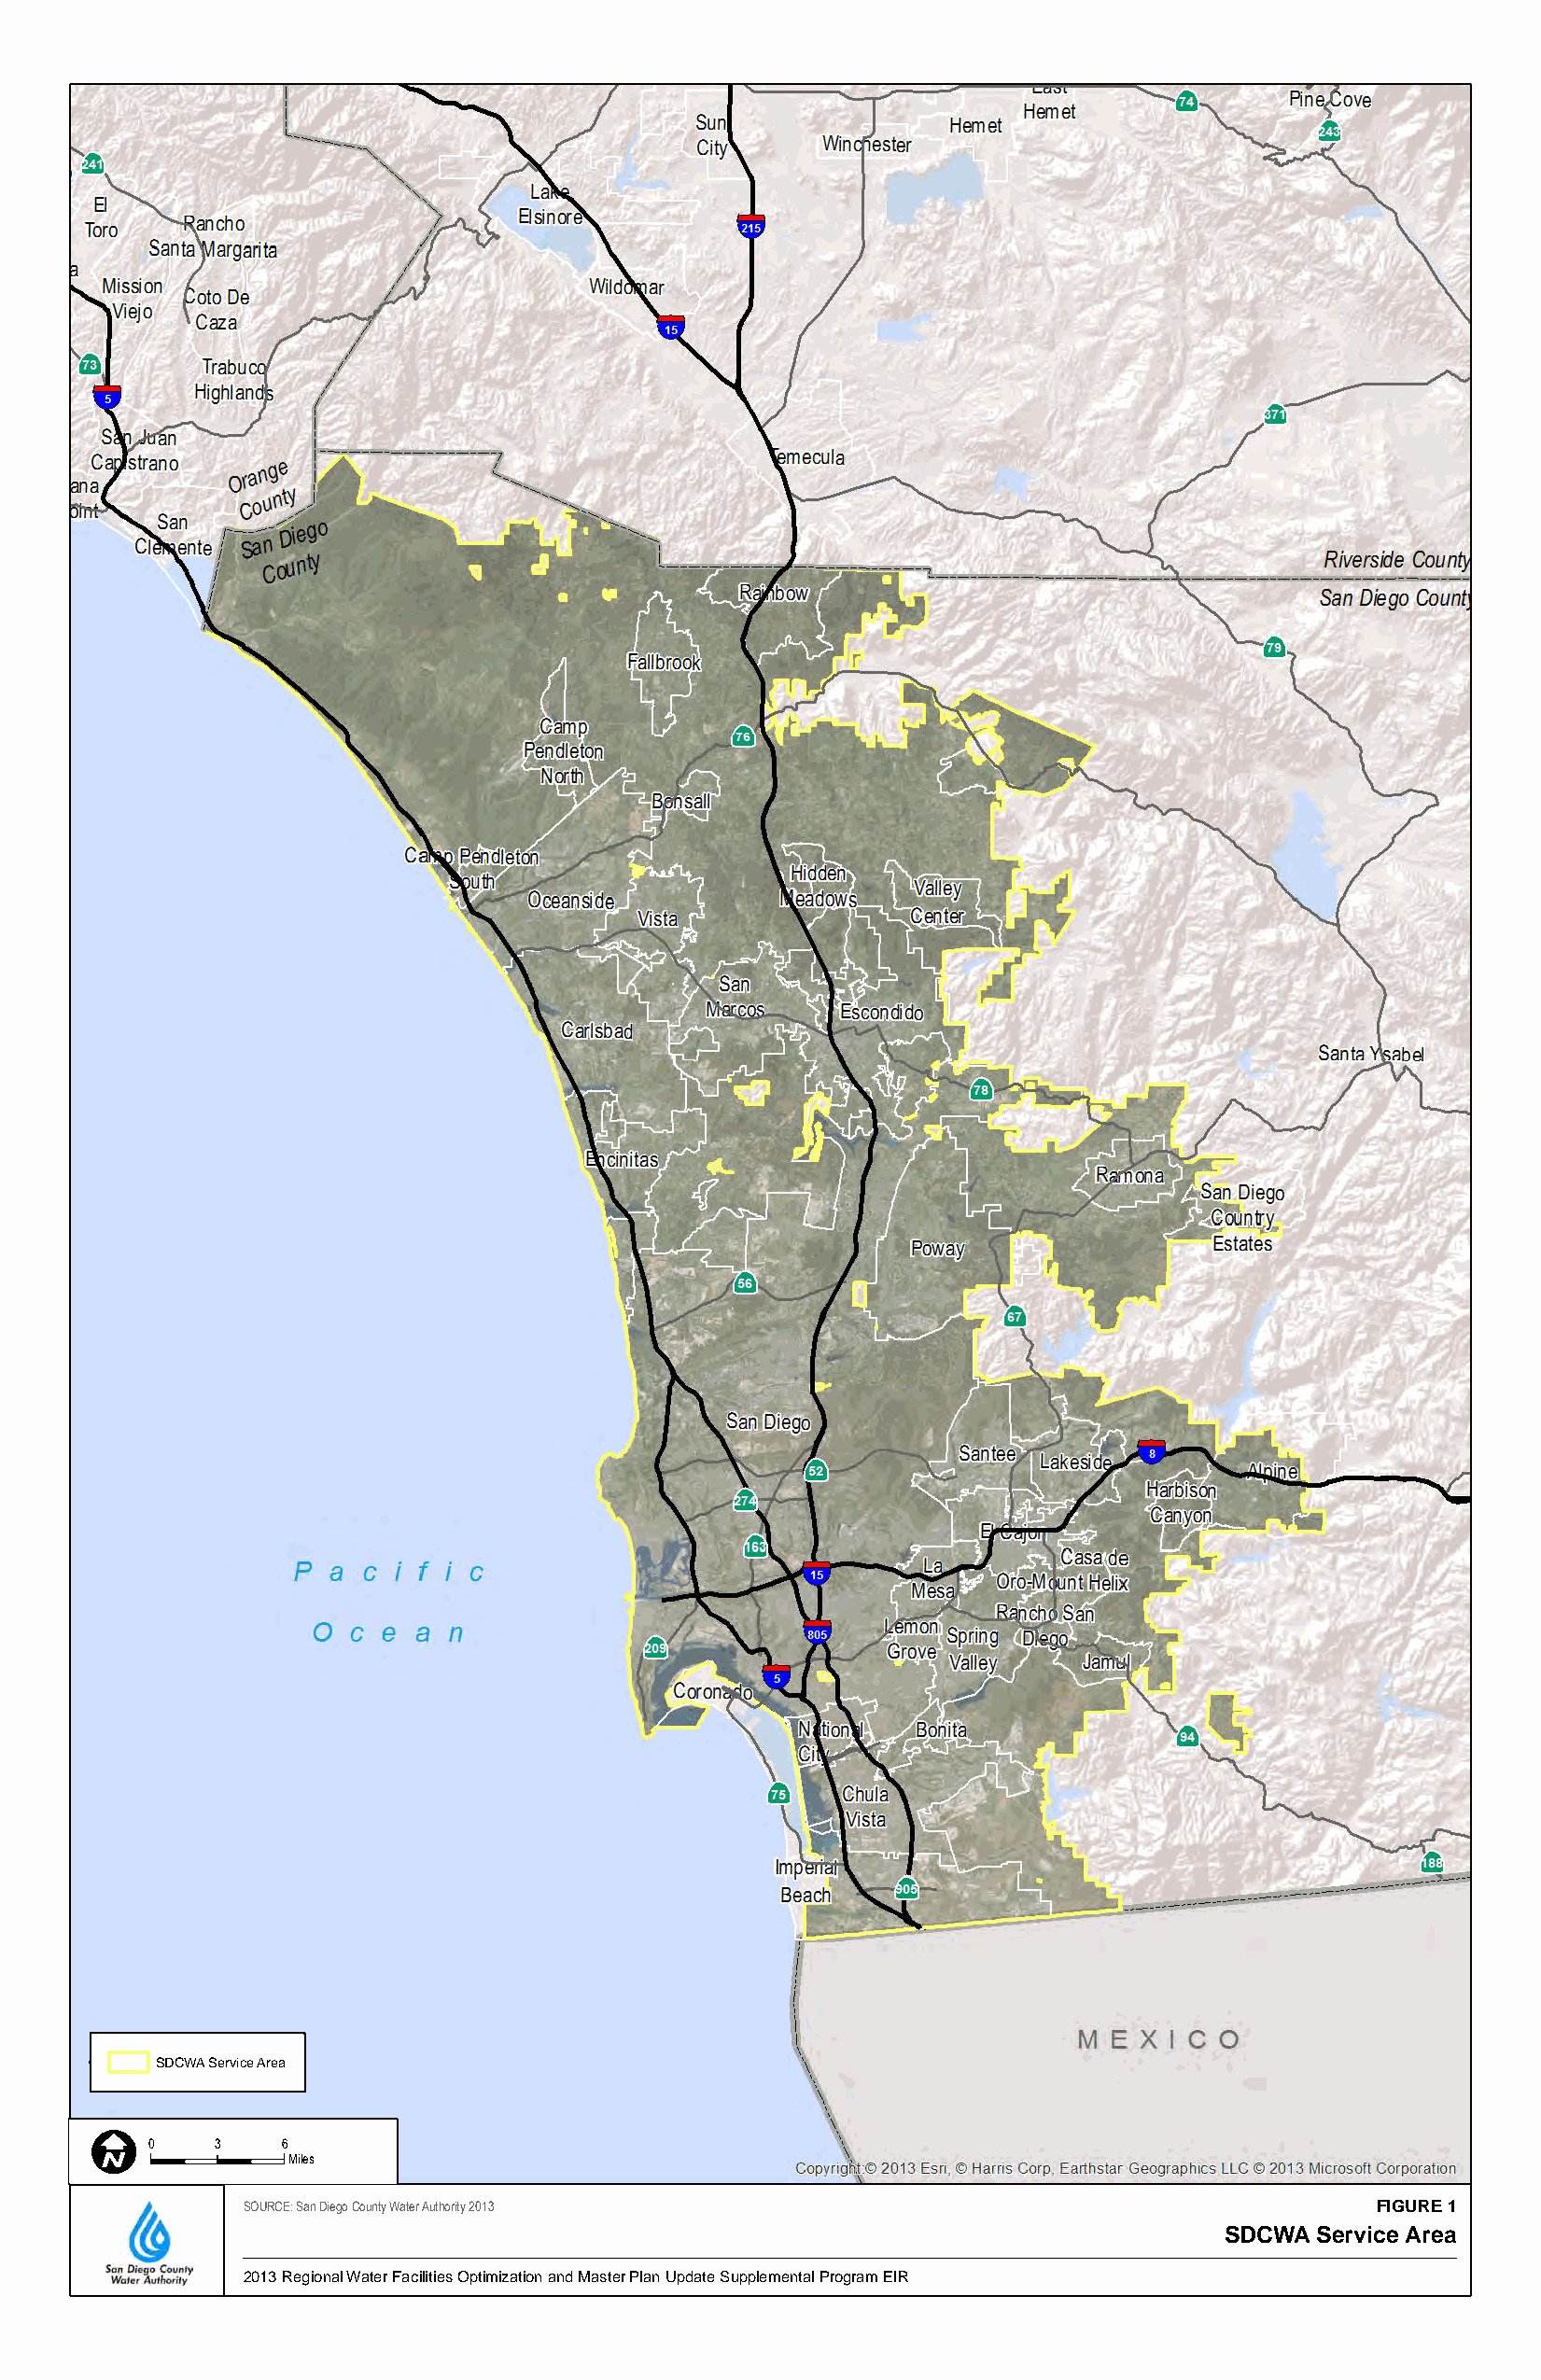
SDCWA Service Area
 0    3    6
 Miles
 SOURCE: San Diego County Water Authority 2013                                    FIGURE 1
 SDCWA Service Area
 2013 Regional Water Facilities Optimization and Master Plan Update Supplemental Program EIR DRAFT/FINAL